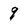
Character: 9